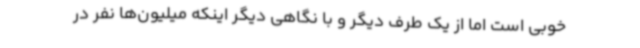
خوبی است اما از یک طرف دیگر و با نگاهی دیگر اینکه میلیون‌ها نفر در